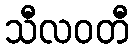
သီလဝတီ